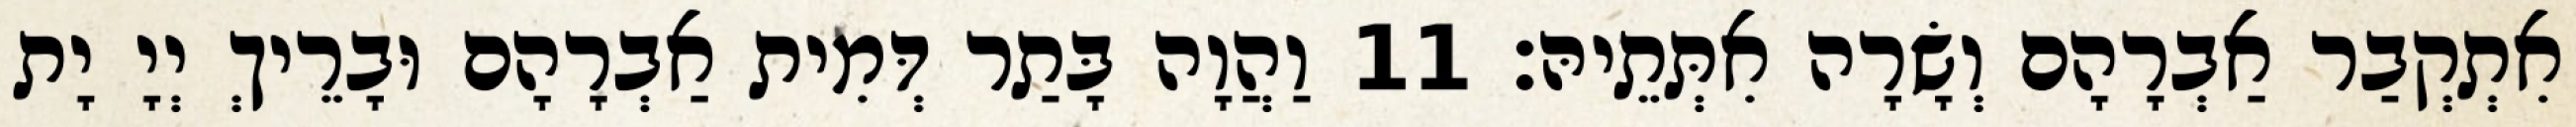
אִתְקְבַר אַבְרָהָם וְשָׂרָה אִתְּתֵיהּ׃ 11 וַהֲוָה בָּתַר דְּמִית אַבְרָהָם וּבָרֵיךְ יְיָ יָת